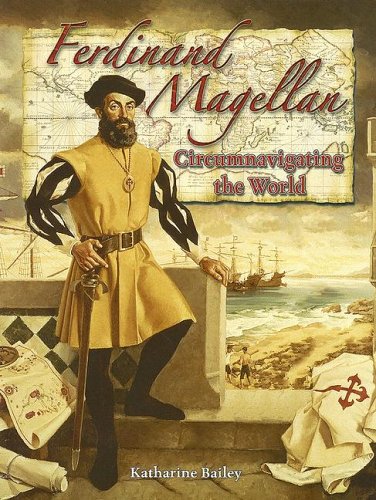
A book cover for Ferdinand Magellan: Circumnavigating the World (In the Footsteps of Explorers); Katharine Bailey; Children's Books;